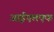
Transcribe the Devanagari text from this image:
आईएलएफ